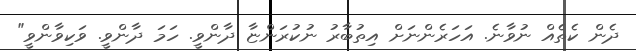
ދެން ކެތެއް ނުވާނެ. އަހަރެންނަށް އިތުބާރު ނުކުރަންޏާ ދާންވީ. ހަމަ ދާންވީ. ވަކިވާންވީ"